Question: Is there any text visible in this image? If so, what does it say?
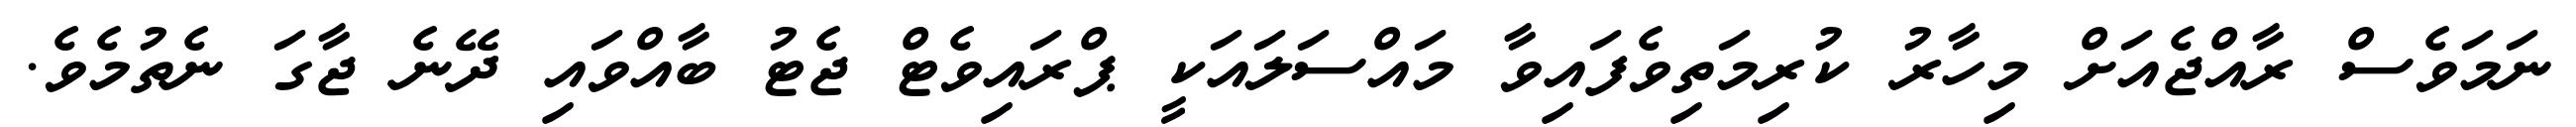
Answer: ނަމަވެސް ރާއްޖެއަށް މިހާރު ކުރިމަތިވެފައިވާ މައްސަލައަކީ ޕްރައިވެޓް ޖެޓު ބާއްވައި ދޭނެ ޖާގަ ނެތުމެވެ.